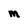
Character: M